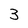
Character: 3